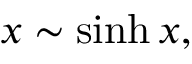
x \sim \sinh x ,